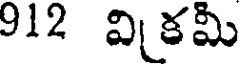
912 వికమీ